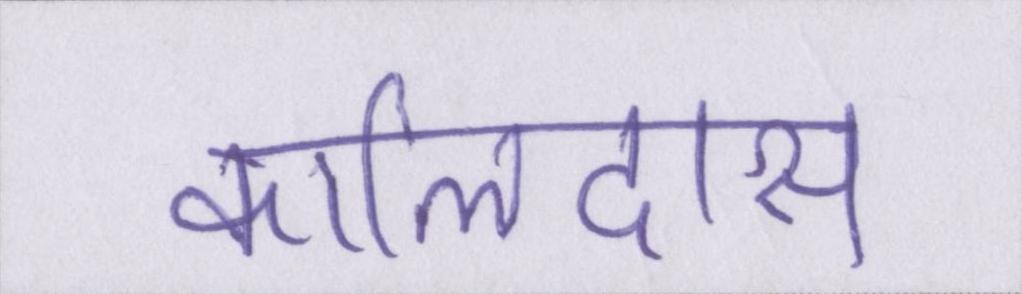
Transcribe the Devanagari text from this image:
कालिदास